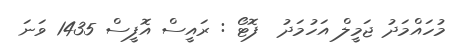
މުހައްމަދު ޖަމީލް އަހުމަދު  ފޮޓޯ : ރައީސް އޮފީސް 1435 ވަނަ